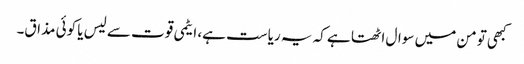
کبھی تو من میں سوال اٹھتا ہے کہ یہ ریاست ہے، ایٹمی قوت سے لیس یا کوئی مذاق۔